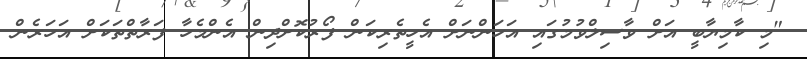
"މި ކާމިޔާބީ އަށް ވާސިލްވުމުގައި އަހަންނަށް އެހީތެރިކަން ފޯރުކޮށްދިން އެންމެހާ ފަރާތްތަކަށް އަހަރެން